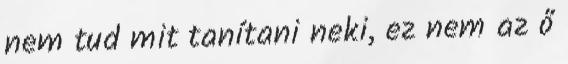
nem tud mit tanítani neki, ez nem az ő